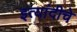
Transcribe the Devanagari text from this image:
इत्यांदीचे